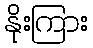
နိုးကြား